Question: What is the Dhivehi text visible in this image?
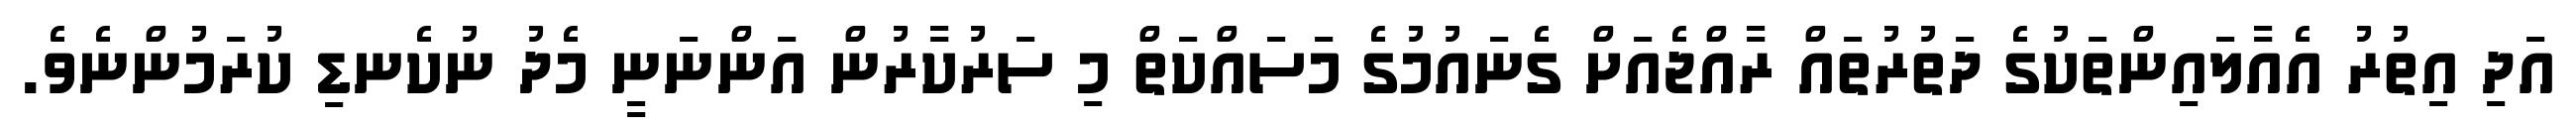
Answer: އަދި އިތުރު އެއާލައިންތަކުގެ ދަތުރުތައް ރާއްޖެއަށް ގެނައުމުގެ މަސައްކަތް މި ސަރުކާރުން އަންނަނީ މެދު ނުކެނޑި ކުރަމުންނެވެ.